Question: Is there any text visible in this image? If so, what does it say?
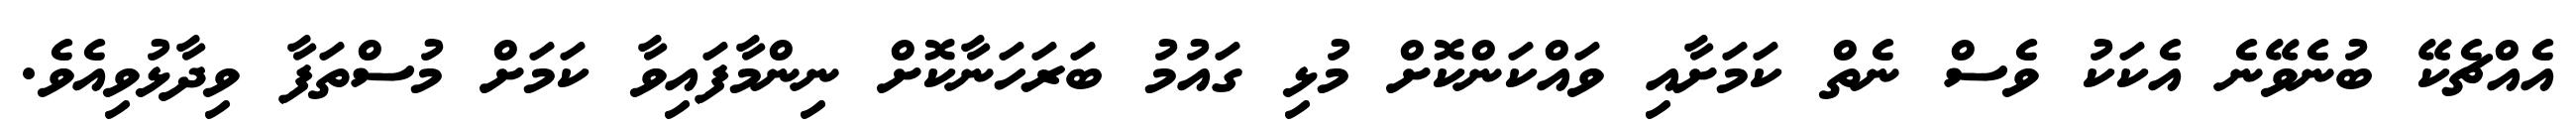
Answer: އެއްޗެކޭ ބުނެވޭނެ އެކަކު ވެސް ނެތް ކަމަށާއި ވައްކަންކޮށް މުޅި ގައުމު ބަރަހަނާކޮށް ނިންމާފައިވާ ކަމަށް މުސްތަފާ ވިދާޅުވިއެވެ.